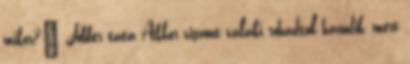
mikor?" Jobber tata Akkor viszont valaki rohadtul hazudik, mert